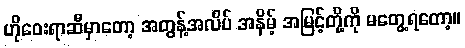
ဟိုဝေးရာဆီမှာတော့ အတွန့်အလိပ် အနိမ့် အမြင့်တို့ကို မတွေ့ရတော့။